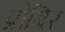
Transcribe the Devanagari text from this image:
प्रोबिर